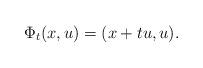
LaTeX: \begin{align*}\Phi_t(x,u) = (x+tu,u). \end{align*}